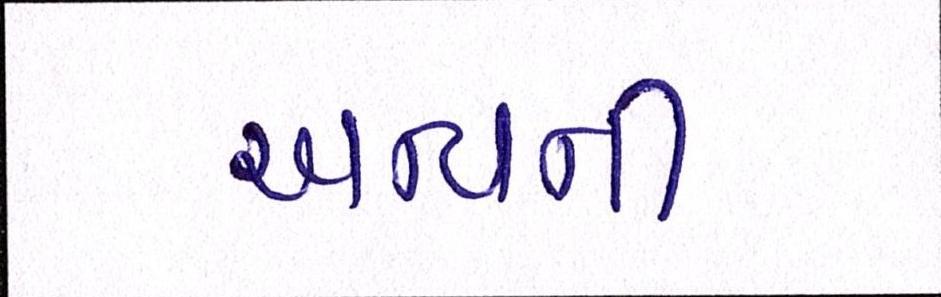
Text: અન્યની